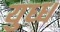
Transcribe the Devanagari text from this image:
युध्ध